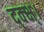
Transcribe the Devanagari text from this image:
द्क्क्ष्।